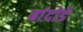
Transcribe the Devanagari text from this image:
बांदोडे